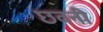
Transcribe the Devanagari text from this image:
छवनी